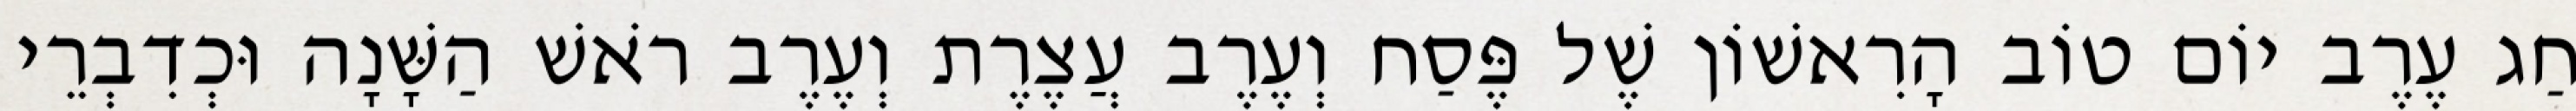
חַג עֶרֶב יוֹם טוֹב הָרִאשׁוֹן שֶׁל פֶּסַח וְעֶרֶב עֲצֶרֶת וְעֶרֶב רֹאשׁ הַשָּׁנָה וּכְדִבְרֵי